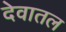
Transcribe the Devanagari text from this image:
देवातल